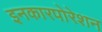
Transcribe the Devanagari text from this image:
इनकारपोरेशन